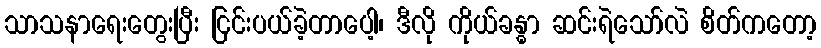
သာသနာရေးတွေးပြီး ငြင်းပယ်ခဲ့တာပေါ့၊ ဒီလို ကိုယ်ခန္ဓာ ဆင်းရဲသော်လဲ စိတ်ကတော့